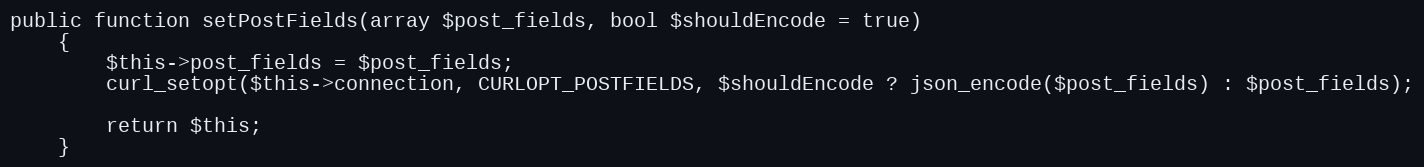
Language: PHP
public function setPostFields(array $post_fields, bool $shouldEncode = true)
    {
        $this->post_fields = $post_fields;
        curl_setopt($this->connection, CURLOPT_POSTFIELDS, $shouldEncode ? json_encode($post_fields) : $post_fields);

        return $this;
    }